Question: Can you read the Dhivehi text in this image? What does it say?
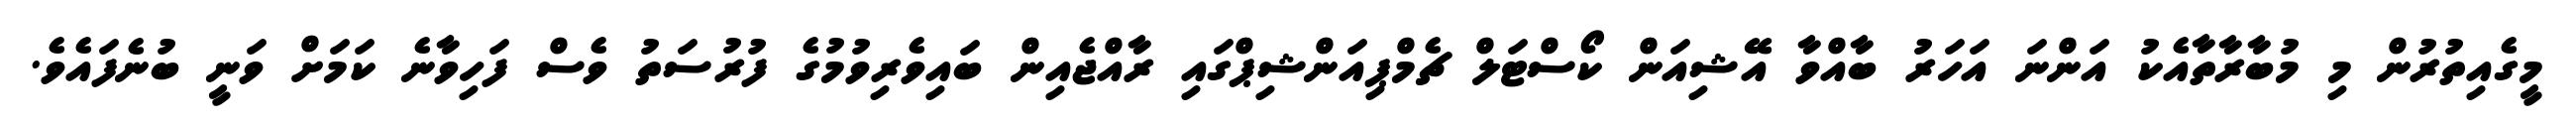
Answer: މީގެއިތުރުން މި މުބާރާތާއެކު އަންނަ އަހަރު ބާއްވާ އޭޝިއަން ކޯސްޓަލް ޗެމްޕިއަންޝިޕްގައި ރާއްޖެއިން ބައިވެރިވުމުގެ ފުރުސަތު ވެސް ފަހިވާނެ ކަމަށް ވަނީ ބުނެފައެވެ.